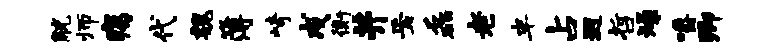
觥师痍代魏簿崎戍衡井焉磊老半占迥哲燥嚼卿